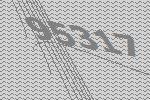
95317